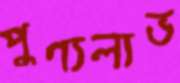
পুণ্যলাভ